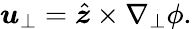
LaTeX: \boldsymbol{u}_{\perp}=\hat{\boldsymbol{z}}\times\nabla_{\perp}\phi.